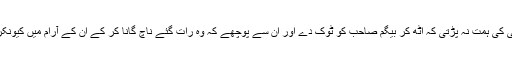
اس وقت تو کسی کی ہمت نہ پڑتی کہ اٹھ کر بیگم صاحب کو ٹوک دے اور ان سے پوچھے کہ وہ رات گئے ناچ گانا کر کے ان کے آرام میں کیونکر خلل ڈالتی ہیں۔